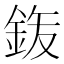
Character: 𮡴